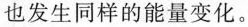
也发生同样的能量变化。